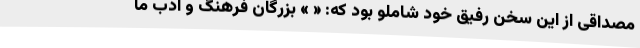
مصداقی از این سخن رفیق خود شاملو بود که: « » بزرگان فرهنگ و ادب ما